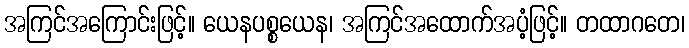
အကြင်အကြောင်းဖြင့်။ ယေနပစ္စယေန၊ အကြင်အထောက်အပံ့ဖြင့်။ တထာဂတေ၊